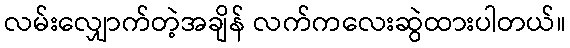
လမ်းလျှောက်တဲ့အချိန် လက်ကလေးဆွဲထားပါတယ်။